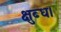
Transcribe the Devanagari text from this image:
क्षुब्ध।